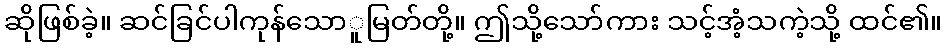
ဆိုဖြစ်ခဲ့။ ဆင်ခြင်ပါကုန်သောူမြတ်တို့။ ဤသို့သော်ကား သင့်အံ့သကဲ့သို့ ထင်၏။